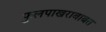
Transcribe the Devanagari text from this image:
फुलपाखराबाबत